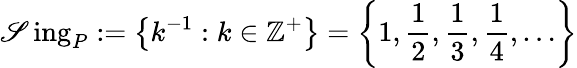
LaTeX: \operatorname{\mathscr{S}ing}_{P}:=\left\{ k^{-1}:k\in\mathbb{{Z}}^{+}\right\} =\left\{ 1,{\frac{{1}}{{2}}},{\frac{{1}}{{3}}},{\frac{{1}}{{4}}},\ldots\right\}